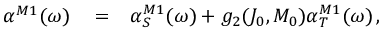
\begin{array} { r l r } { \alpha ^ { M 1 } ( \omega ) } & { { } = } & { \alpha _ { S } ^ { M 1 } ( \omega ) + g _ { 2 } ( J _ { 0 } , M _ { 0 } ) \alpha _ { T } ^ { M 1 } ( \omega ) \, , } \end{array}